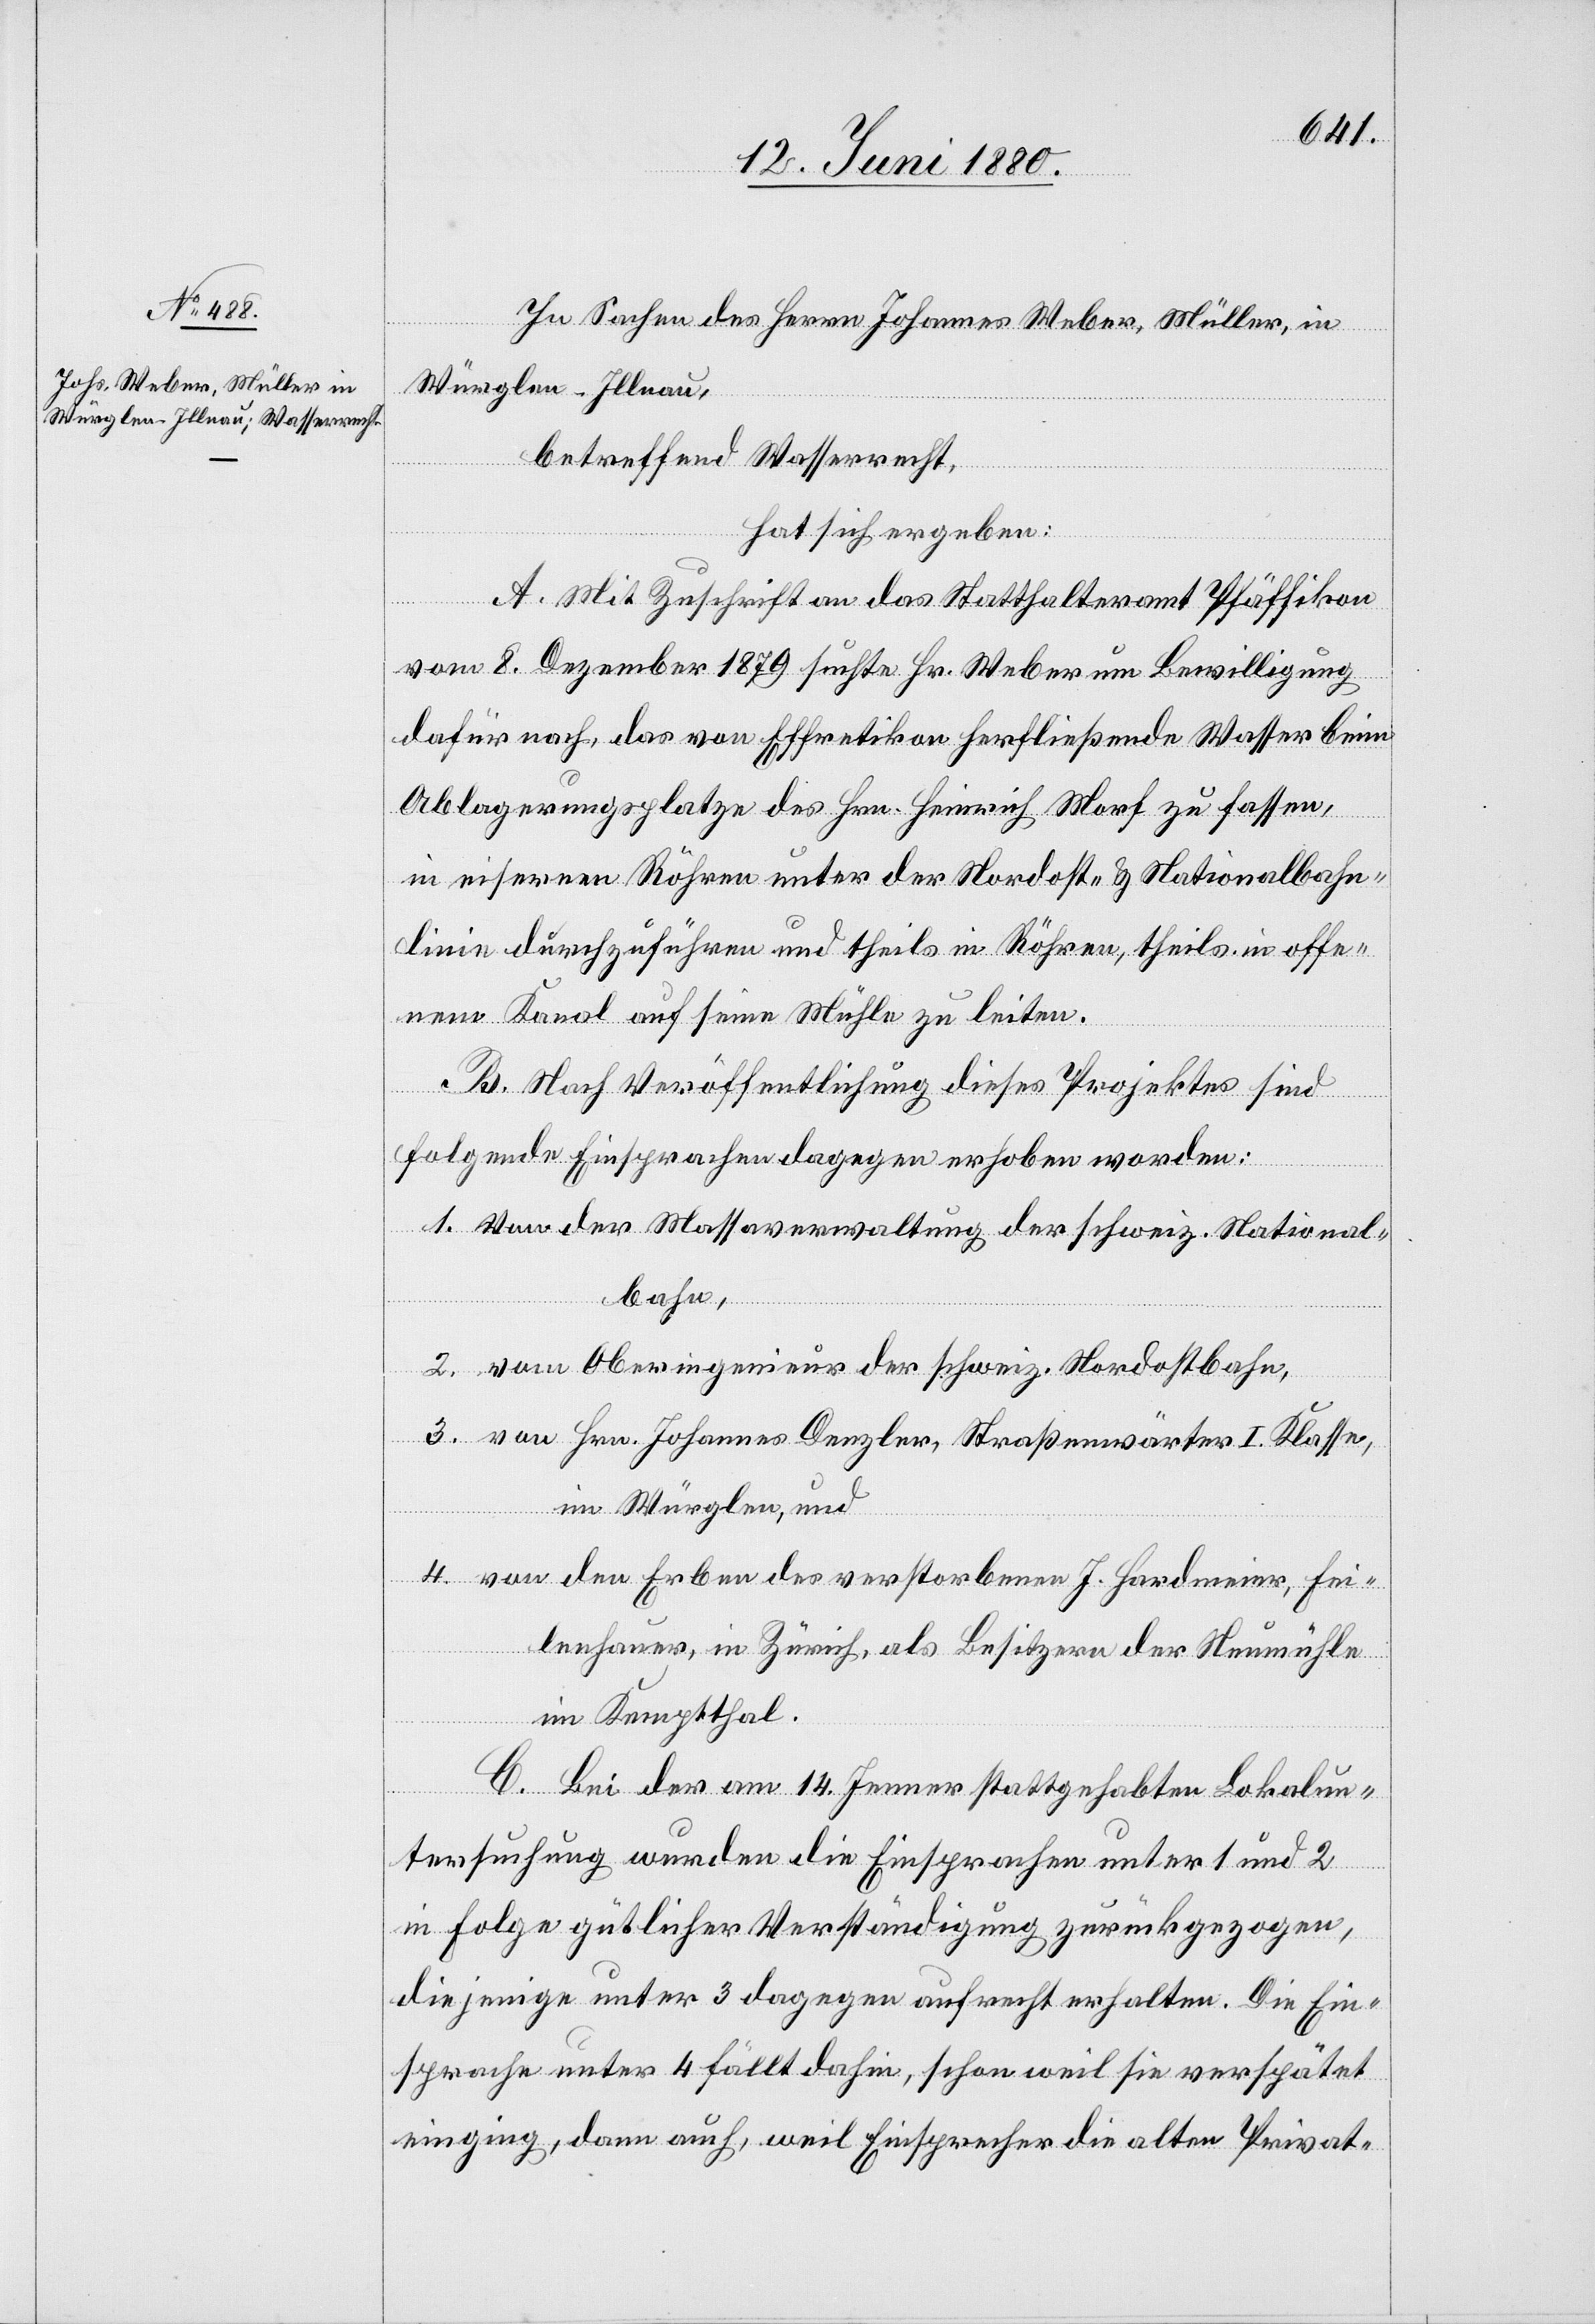
In Sachen des Herrn Johannes Weber, Müller in
Würglen - Illnau,
betreffend Wasserrecht,
hat sich ergeben:
A. Mit Zuschrift an das Statthalteramt Pfäffikon
vom 8. Dezember 1879 suchte Hr. Weber um Bewilligung
dafür nach, das von Effretikon herfließende Wasser beim
Ablagerungsplatze des Hrn. Heinrich Morf zu fassen,
Hrn.
in eisernen Röhren unter der Nordost- & Nationalbahn¬
linie durchzuführen und theils in Röhren, theils in offe¬
nem Kanal auf seine Mühle zu leiten.
B. Nach Veröffentlichung dieses Projektes sind
folgende Einsprachen dagegen erhoben worden:
1. Von der Wasserverwaltung der schweiz. National¬
bahn,
2. vom Oberingenieur der schweiz. Nordostbahn,
3.
im Würglen, und
4. von den Erben des verstorbenen J. Hardmeier, Fei¬
lenhauer, in Zürich, als Besitzer der Neumühle
im Kemptthal.
I.
C. Bei der am 14. Jenner stattgehabten Lokalun¬
tersuchung wurden die Einsprachen unter 1 und 2
in Folge gütlicher Verständigung zurückgezogen,
diejenige unter 3 dagegen aufrecht erhalten. Die Ein¬
sprache unter 4 fällt dahin, schon weil sie verspätet
einging, dann auch, weil Einsprecher die alten Privat-